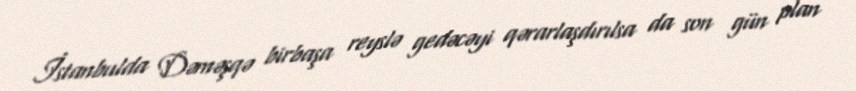
İstanbulda Dəməşqə birbaşa reyslə gedəcəyi qərarlaşdırılsa da son gün plan